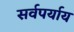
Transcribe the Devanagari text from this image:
सर्वपर्याय